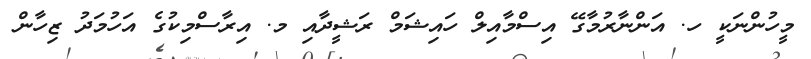
މީހުންނަކީ ހ. އަންނާރުމާގޭ އިސްމާއިލް ހައިޝަމް ރަޝީދާއި މ. އިރާސްމިކުގެ އަހުމަދު ޒިހާން